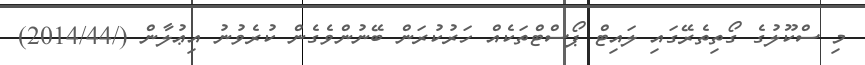
މި ސްކޫލުގެ ގޯތިތެރޭގައި ލައިޓް ޕޯސްޓްތަކެއް ހަރުކުރަން ބޭނުންވެގެން ކުރެވުނު އިޢުލާން (/2014/44)